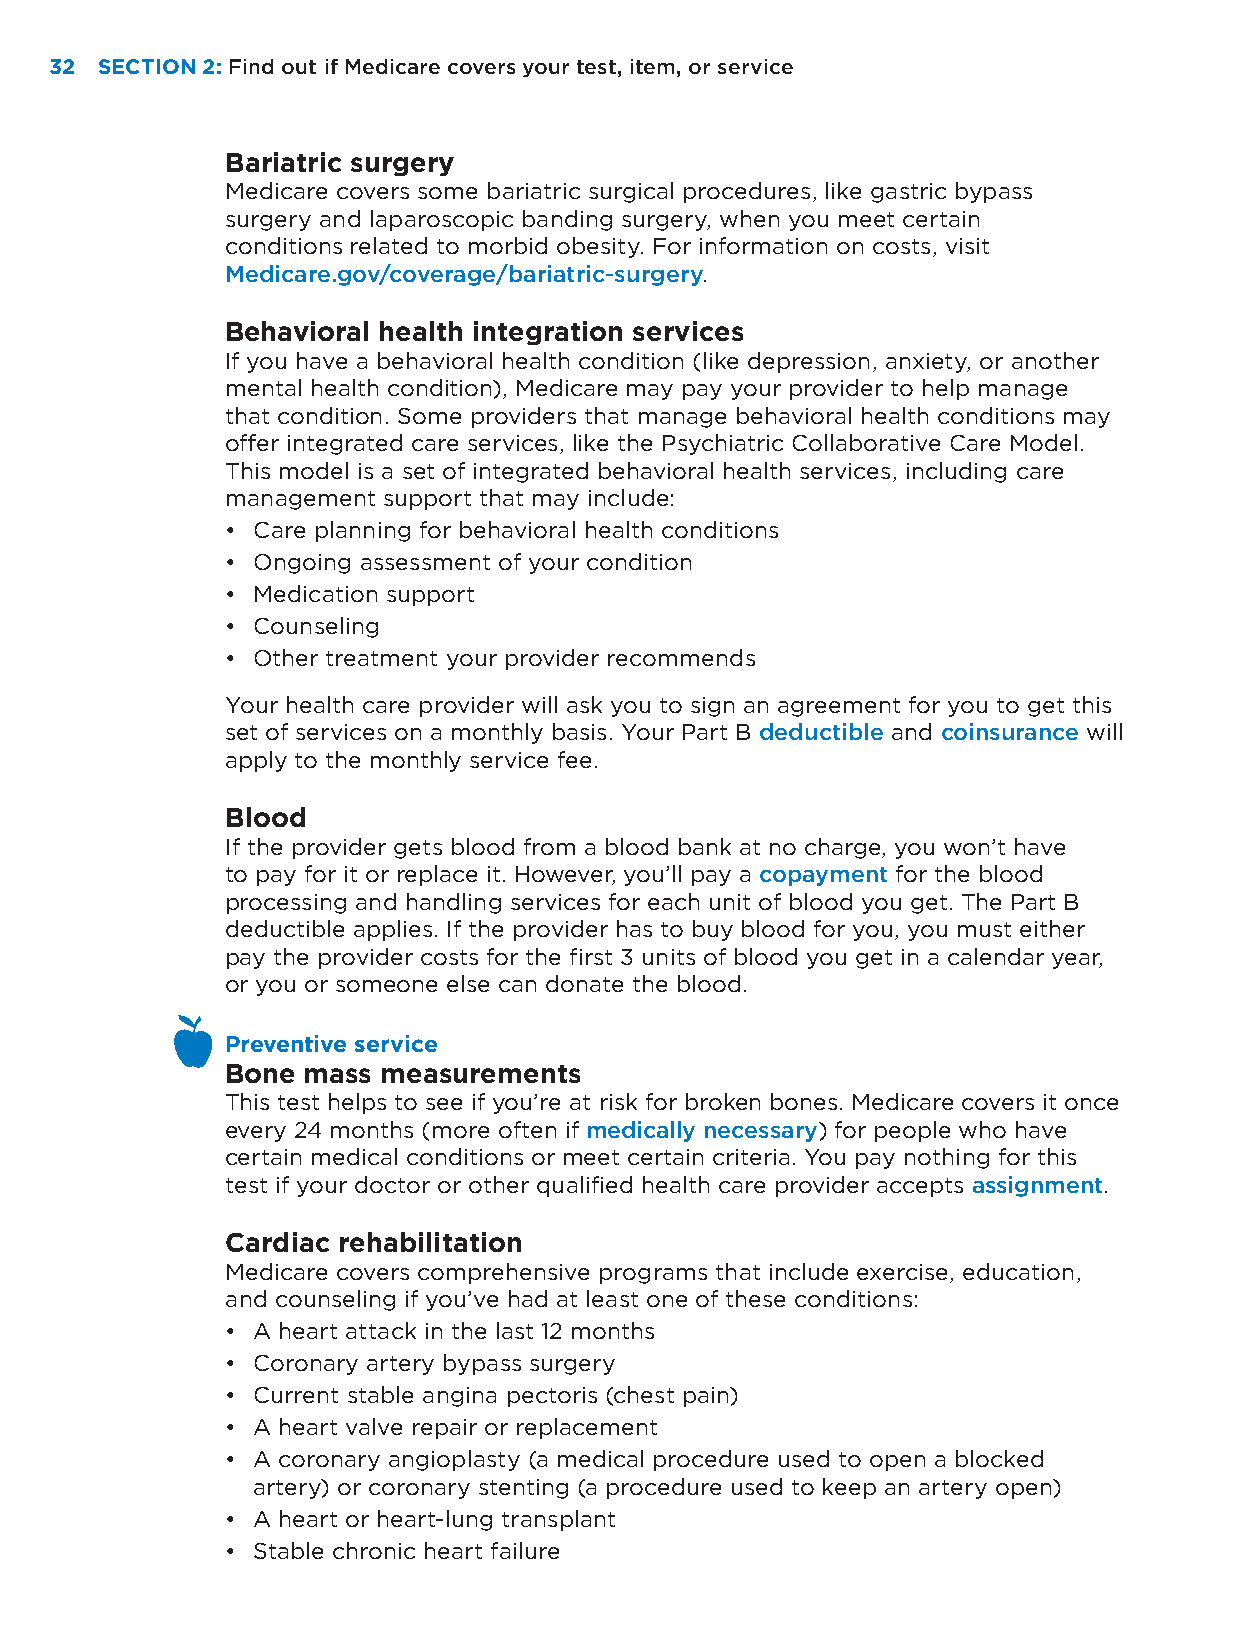
32 SECTION 2: Find out if Medicare covers your test, item, or service
 Bariatric surgery
 Medicare covers some bariatric surgical procedures, like gastric bypass
 surgery and laparoscopic banding surgery, when you meet certain
 conditions related to morbid obesity. For information on costs, visit
 Medicare.gov/coverage/bariatric-surgery.
 Behavioral health integration services
 If you have a behavioral health condition (like depression, anxiety, or another
 mental health condition), Medicare may pay your provider to help manage
 that condition. Some providers that manage behavioral health conditions may
 offer integrated care services, like the Psychiatric Collaborative Care Model.
 This model is a set of integrated behavioral health services, including care
 management support that may include:
 • Care planning for behavioral health conditions
 • Ongoing assessment of your condition
 • Medication support
 • Counseling
 • Other treatment your provider recommends
 Your health care provider will ask you to sign an agreement for you to get this
 set of services on a monthly basis. Your Part B deductible and coinsurance will
 apply to the monthly service fee.
 Blood
 If the provider gets blood from a blood bank at no charge, you won’t have
 to pay for it or replace it. However, you’ll pay a copayment for the blood
 processing and handling services for each unit of blood you get. The Part B
 deductible applies. If the provider has to buy blood for you, you must either
 pay the provider costs for the first 3 units of blood you get in a calendar year,
 or you or someone else can donate the blood.
 Preventive service
 Bone mass measurements
 This test helps to see if you’re at risk for broken bones. Medicare covers it once
 every 24 months (more often if medically necessary) for people who have
 certain medical conditions or meet certain criteria. You pay nothing for this
 test if your doctor or other qualified health care provider accepts assignment.
 Cardiac rehabilitation
 Medicare covers comprehensive programs that include exercise, education,
 and counseling if you’ve had at least one of these conditions:
 • A heart attack in the last 12 months
 • Coronary artery bypass surgery
 • Current stable angina pectoris (chest pain)
 • A heart valve repair or replacement
 • A coronary angioplasty (a medical procedure used to open a blocked
 artery) or coronary stenting (a procedure used to keep an artery open)
 • A heart or heart-lung transplant
 • Stable chronic heart failure